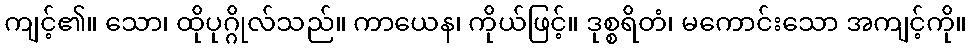
ကျင့်၏။ သော၊ ထိုပုဂ္ဂိုလ်သည်။ ကာယေန၊ ကိုယ်ဖြင့်။ ဒုစ္စရိတံ၊ မကောင်းသော အကျင့်ကို။